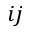
i j